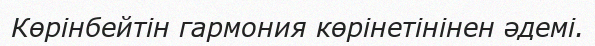
Көрінбейтін гармония көрінетінінен әдемі.